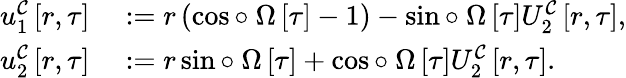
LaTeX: \begin{array}{rl}{u_{1}^{\mathcal{C}}\left[r,\tau\right]}&{{}:=r\left(\cos\circ~\Omega\left[\tau\right]-1\right)-\sin\circ~\Omega\left[\tau\right]U_{2}^{\mathcal{C}}\left[r,\tau\right],}\\ {u_{2}^{\mathcal{C}}\left[r,\tau\right]}&{{}:=r\sin\circ~\Omega\left[\tau\right]+\cos\circ~\Omega\left[\tau\right]U_{2}^{\mathcal{C}}\left[r,\tau\right].}\end{array}